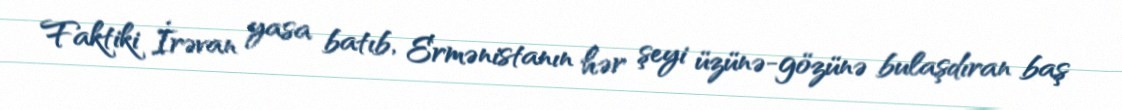
Faktiki İrəvan yasa batıb, Ermənistanın hər şeyi üzünə-gözünə bulaşdıran baş